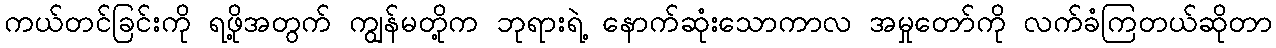
ကယ်တင်ခြင်းကို ရဖို့အတွက် ကျွန်မတို့က ဘုရားရဲ့ နောက်ဆုံးသောကာလ အမှုတော်ကို လက်ခံကြတယ်ဆိုတာ